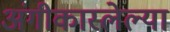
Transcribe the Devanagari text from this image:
अंगीकारलेल्या